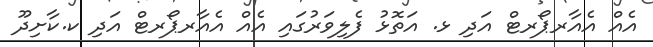
އެއް އެއާރޕޯރޓް އަދި ޅ. އަތޮޅު ފެލިވަރުގައި އެއް އެއާރޕޯރޓް އަދި ކ.ކާށިދޫ